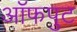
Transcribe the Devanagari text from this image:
ऑफपुट